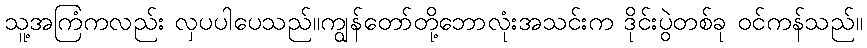
သူ့အကြံကလည်း လှပပါပေသည်။ကျွန်တော်တို့ဘောလုံးအသင်းက ဒိုင်းပွဲတစ်ခု ဝင်ကန်သည်။